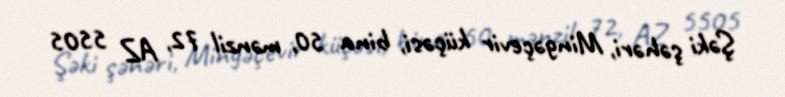
Şəki şəhəri, Mingəçevir küçəsi, bina 50, mənzil 72, AZ 5505